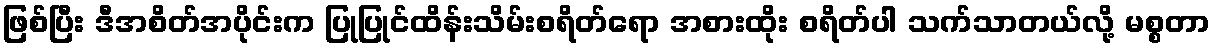
ဖြစ်ပြီး ဒီအစိတ်အပိုင်းက ပြုပြုင်ထိန်းသိမ်းစရိတ်ရော အစားထိုး စရိတ်ပါ သက်သာတယ်လို့ မစ္စတာ